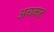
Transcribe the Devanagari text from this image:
अचकट